Civil Veterinary Department Bengal reports 1923-33 - 1923-1933
Year: 1923
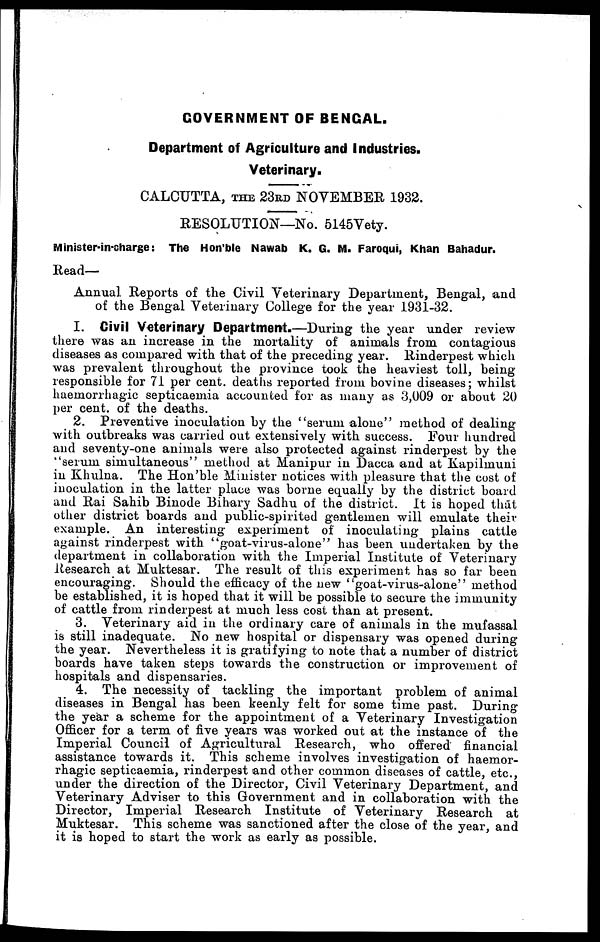
GOVERNMENT OF BENGAL.
Department of Agriculture and Industries.
Veterinary.
CALCUTTA, THE 23RD NOVEMBER 1932.
RESOLUTION—No. 5145Vety.
Minister-in-charge: The Hon'ble Nawab K. G. M. Faroqui, Khan Bahadur.
Read—
Annual Reports of the Civil Veterinary Department, Bengal, and
of the Bengal Veterinary College for the year 1931-32.
I. Civil Veterinary Department.—During the year under review
there was an increase in the mortality of animals from contagious
diseases as compared with that of the preceding year. Rinderpest which
was prevalent throughout the province took the heaviest toll, being
responsible for 71 per cent. deaths reported from bovine diseases; whilst
haemorrhagic septicaemia accounted for as many as 3,009 or about 20
per cent. of the deaths.
2. Preventive inoculation by the "serum alone" method of dealing
with outbreaks was carried out extensively with success. Four hundred
and seventy-one animals were also protected against rinderpest by the
"serum simultaneous" method at Manipur in Dacca and at Kapilmuni
in Khulna. The Hon'ble Minister notices with pleasure that the cost of
inoculation in the latter place was borne equally by the district board
and Rai Sahib Binode Bihary Sadhu of the district. It is hoped that
other district boards and public-spirited gentlemen will emulate their
example. An interesting experiment of inoculating plains cattle
against rinderpest with "goat-virus-alone" has been undertaken by the
department in collaboration with the Imperial Institute of Veterinary
Research at Muktesar. The result of this experiment has so far been
encouraging. Should the efficacy of the new "goat-virus-alone" method
be established, it is hoped that it will be possible to secure the immunity
of cattle from rinderpest at much less cost than at present.
3. Veterinary aid in the ordinary care of animals in the mufassal
is still inadequate. No new hospital or dispensary was opened during
the year. Nevertheless it is gratifying to note that a number of district
boards have taken steps towards the construction or improvement of
hospitals and dispensaries.
4. The necessity of tackling the important problem of animal
diseases in Bengal has been keenly felt for some time past. During
the year a scheme for the appointment of a Veterinary Investigation
Officer for a term of five years was worked out at the instance of the
Imperial Council of Agricultural Research, who offered
financial
assistance towards it. This scheme involves investigation of haemor-
rhagic septicaemia, rinderpest and other common diseases of cattle, etc.,
under the direction of the Director, Civil Veterinary Department, and
Veterinary Adviser to this Government and in collaboration with the
Director, Imperial Research Institute of Veterinary Research at
Muktesar. This scheme was sanctioned after the close of the year, and
it is hoped to start the work as early as possible.